Civil Veterinary Department. United Provinces 1923-31 - 1923-1931
Year: 1923
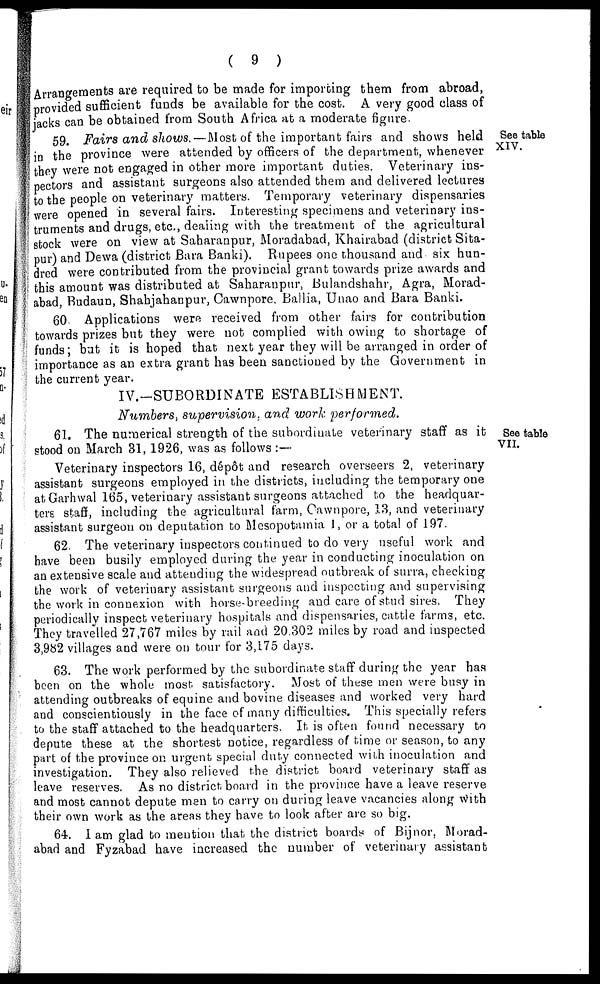
( 9 )
Arrangements are required to be made for importing them from abroad,
provided sufficient funds be available for the cost. A very good class of
jacks can be obtained from South Africa at a moderate figure.
See table
XIV.
59. Fairs and shows. — Most of the important fairs and shows held
in the province were attended by officers of the department, whenever
they were not engaged in other more important duties. Veterinary ins-
pectors and assistant surgeons also attended them and delivered lectures
to the people on veterinary matters. Temporary veterinary dispensaries
were opened in several fairs. Interesting specimens and veterinary ins-
truments and drugs, etc., dealing with the treatment of the agricultural
stock were on view at Saharanpur, Moradabad, Khairabad (district Sita-
pur) and Dewa (district Bara Banki). Rupees one thousand and six hun-
dred were contributed from the provincial grant towards prize awards and
this amount was distributed at Saharanpur, Bulandshahr, Agra, Morad-
abad, Budaun, Shahjahanpur, Cawnpore, Ballia, Unao and Bara Banki.
60. Applications were received from other fairs for contribution
towards prizes but they were not complied with owing to shortage of
funds; but it is hoped that next year they will be arranged in order of
importance as an extra grant has been sanctioned by the Government in
the current year.
IV.-SUBORDINATE ESTABLISHMENT.
Numbers, supervision, and work performed.
See table
VII.
61. The numerical strength of the subordinate veterinary staff as it
stood on March 31, 1926, was as follows :—
Veterinary inspectors 16, dépôt and research overseers 2, veterinary
assistant surgeons employed in the districts, including the temporary one
at Garhwal 165, veterinary assistant surgeons attached to the headquar-
ters staff, including the agricultural farm, Cawnpore, 13, and veterinary
assistant surgeon on deputation to Mesopotamia 1, or a total of 197.
62. The veterinary inspectors continued to do very useful work and
have been busily employed during the year in conducting inoculation on
an extensive scale and attending the widespread outbreak of surra, checking
the work of veterinary assistant surgeons and inspecting and supervising
the work in connexion with horse-breeding and care of stud sires, They
periodically inspect veterinary hospitals and dispensaries, cattle farms, etc.
They travelled 27,767 miles by rail and 20,302 miles by road and inspected
3,982 villages and were on tour for 3,175 days.
63. The work performed by the subordinate staff during the year has
been on the whole most satisfactory. Most of these men were busy in
attending outbreaks of equine and bovine diseases and worked very hard
and conscientiously in the face of many difficulties. This specially refers
to the staff attached to the headquarters. It is often found necessary to
depute these at the shortest notice, regardless of time or season, to any
part of the province on urgent special duty connected with inoculation and
investigation. They also relieved the district board veterinary staff as
leave reserves. As no district board in the province have a leave reserve
and most cannot depute men to carry on during leave vacancies along with
their own work as the areas they have to look after are so big.
64. I am glad to mention that the district boards of Bijnor, Morad-
abad and Fyzabad have increased the number of veterinary assistant